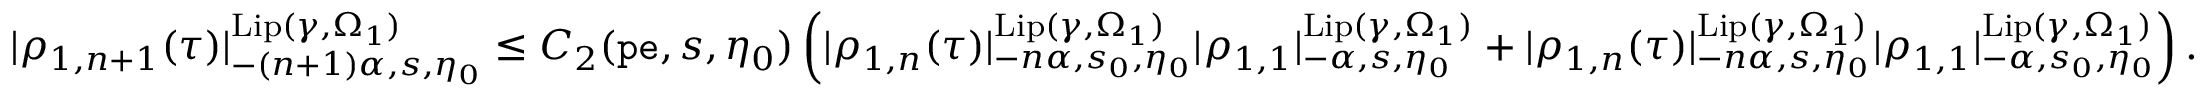
\begin{array} { r } { | \rho _ { 1 , n + 1 } ( \tau ) | _ { - ( n + 1 ) \alpha , s , \eta _ { 0 } } ^ { \mathrm { L i p } ( \gamma , \Omega _ { 1 } ) } \le C _ { 2 } ( \mathtt { p e } , s , \eta _ { 0 } ) \left( | { \rho _ { 1 , n } } ( \tau ) | _ { - n \alpha , s _ { 0 } , \eta _ { 0 } } ^ { \mathrm { L i p } ( \gamma , \Omega _ { 1 } ) } | \rho _ { 1 , 1 } | _ { - \alpha , s , \eta _ { 0 } } ^ { \mathrm { L i p } ( \gamma , \Omega _ { 1 } ) } + | { \rho _ { 1 , n } } ( \tau ) | _ { - n \alpha , s , \eta _ { 0 } } ^ { \mathrm { L i p } ( \gamma , \Omega _ { 1 } ) } | \rho _ { 1 , 1 } | _ { - \alpha , s _ { 0 } , \eta _ { 0 } } ^ { \mathrm { L i p } ( \gamma , \Omega _ { 1 } ) } \right) . } \end{array}